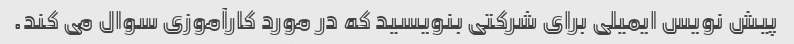
پیش نویس ایمیلی برای شرکتی بنویسید که در مورد کارآموزی سوال می کند.